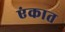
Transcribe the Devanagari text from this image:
एंकात